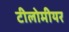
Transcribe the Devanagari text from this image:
टीलोमीयर